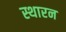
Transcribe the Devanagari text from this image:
स्थारन